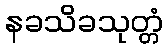
နခသိခသုတ္တံ